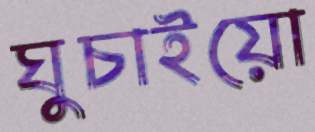
ঘুচাইয়ো